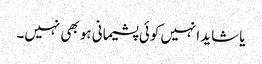
یا شاید انہیں کوئی پشیمانی ہو بھی نہیں۔